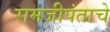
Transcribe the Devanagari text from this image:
रामजीपंताचे